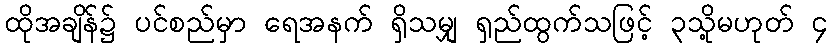
ထိုအချိန်၌ ပင်စည်မှာ ရေအနက် ရှိသမျှ ရှည်ထွက်သဖြင့် ၃သို့မဟုတ် ၄